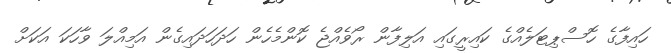
ހައިފާގެ ހޮސްޕިޓަލެއްގެ ކައިރީގައި އަލިފާން ރޯވެއްޖެ ކޮންމެހެން ހަދަހަދައިގެން އަމިއްލަ ވާހަކަ އަކަށް